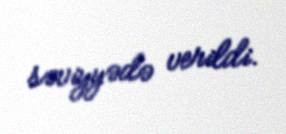
səviyyədə verildi.